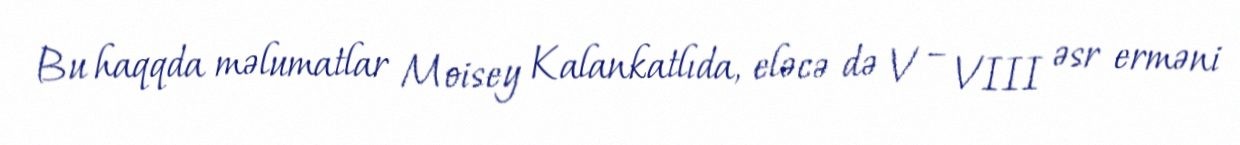
Bu haqqda məlumatlar Moisey Kalankatlıda, eləcə də V – VIII əsr erməni